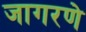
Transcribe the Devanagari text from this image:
जागरणे